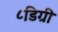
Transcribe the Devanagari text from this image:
८डिग्री